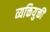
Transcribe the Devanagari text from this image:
व्यक्तियुक्ती